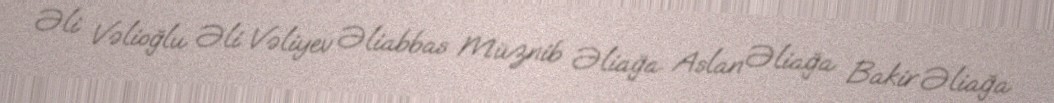
Əli Vəlioğlu Əli Vəliyev Əliabbas Müznib Əliağa Aslan Əliağa Bakir Əliağa